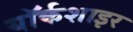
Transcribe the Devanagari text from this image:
यॉर्कशाइर